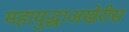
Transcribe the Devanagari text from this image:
महायुद्धाअखेरीस